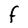
Character: F